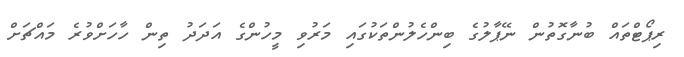
ރިޕޯޓްތައް ބުނާގޮތުން ނޭޕާލުގެ ބިންހެލުންތަކުގައި މަރުވި މީހުންގެ އަދަދު ތިން ހާހަށްވުރެ މައްޗަށް